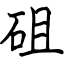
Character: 砠